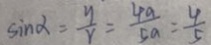
\sin \alpha = \frac { y } { r } = \frac { 4 a } { 5 a } = \frac { 4 } { 5 }